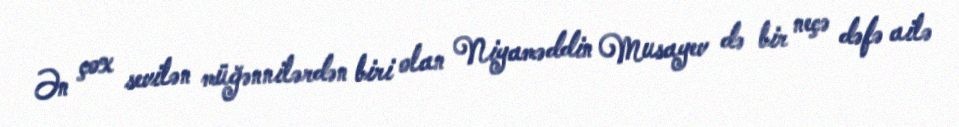
Ən çox sevilən müğənnilərdən biri olan Niyaməddin Musayev də bir neçə dəfə ailə